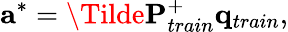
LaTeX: \mathbf{a}^{*}=\Tilde{\mathbf{P}}_{train}^{+}\mathbf{q}_{train},